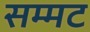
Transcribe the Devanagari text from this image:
सम्मट